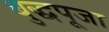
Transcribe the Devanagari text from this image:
बुद्धपूजा